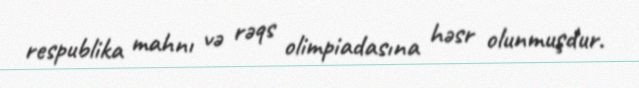
respublika mahnı və rəqs olimpiadasına həsr olunmuşdur.